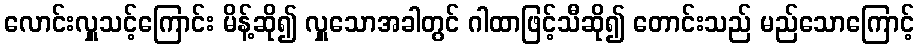
လောင်းလှူသင့်ကြောင်း မိန့်ဆို၍ လှူသောအခါတွင် ဂါထာဖြင့်သီဆို၍ တောင်းသည် မည်သောကြောင့်